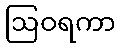
ဩဝရကာ